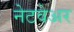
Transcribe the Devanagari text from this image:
नेटवेअर